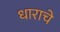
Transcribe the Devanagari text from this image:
धाराचे